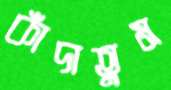
কাঁদাতুম